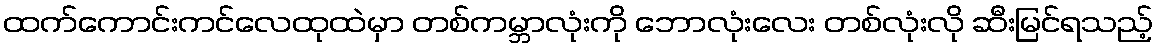
ထက်ကောင်းကင်လေထုထဲမှာ တစ်ကမ္ဘာလုံးကို ဘောလုံးလေး တစ်လုံးလို ဆီးမြင်ရသည့်